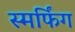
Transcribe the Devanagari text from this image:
स्मर्फिंग